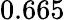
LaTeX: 0.665